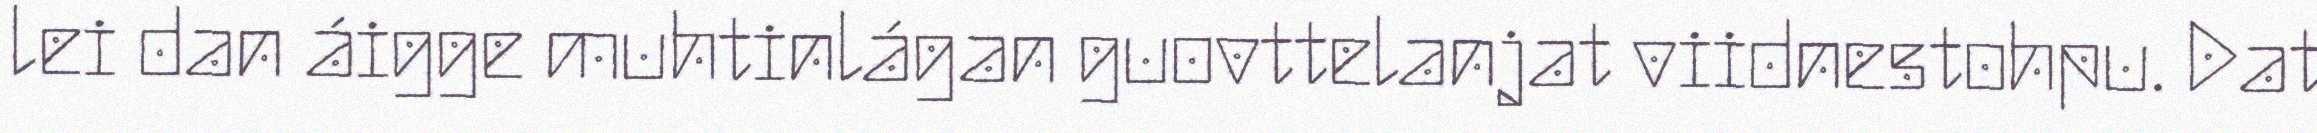
lei dan áigge muhtinlágan guovttelanjat viidnestohpu. Dat